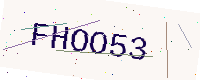
Text: FHOO53